Indian journal of veterinary science and animal husbandry - Volume 10,
Year: 1940
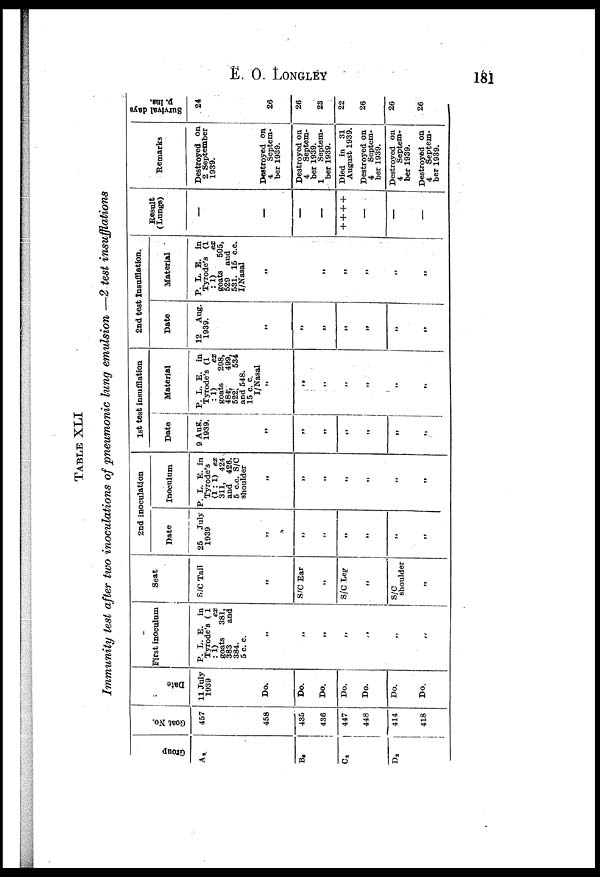
E. O. LONGLEY
181
TABLE XLI
Immunity test after two inoculations of pneumonic lung emulsion —2 test insufflations
Group
A 2
B 2
C2
D 2
Goat No.
457
458
435
436
447
448
414
418
Date
11 July
1939
Do.
Do.
Do.
Do.
Do.
Do.
Do.
First inoculum
P. L. E.in
Tyrode's (1
:1) ex
goats 381,
383 and
384.
5 c.
c.
„
„
„
„
„
„
„
Seat
S/C Tail
„
S/C Ear
„
S/C Leg
„
S/C
shoulder
„
2nd inoculation
Date
25
July
1939
„
„ „
„
„
„
„
Inoculum
P. L. E. in
Tyrode's
(1 : 1) ex
311, 424
and 426.
5 c.c. S/C
shoulder
„
„
„
„
„
„
„
1st test insufflation
Date
9 Aug.
1939.
„
„
„
„
„
„
„
Material
P. L. E. in
Tyrode's (1
: 1)
ex
goats
298,
484,
499,
522,
534
and 548.
15 c. c.
I/Nasal
„
„
„
„
„
„
„
2nd test insufflation.
Date
12 Aug.
1939.
„
„
„
„
„
„
„
Material
P. L. E. in
Tyrode's (1
: 1)
ex
goats
505,
529
and
531. 15 c.c.
I/Nasal
„
„
„
„
„
„
„
Result
(Lungs)
–
—
—
—
+ + + +
—
—
Remarks
Destroyed on
2 September
1939.
Destroyed on
4
Septem-
ber 1939.
Destroyed on
4
Septem-
ber 1939.
1
Septem-
ber 1939.
Died in 31
August 1939.
Destroyed on
4
Septem-
ber 1939.
Destroyed on
4
Septem-
ber 1939.
Destroyed on
4
Septem-
ber 1939.
Survival days
p. ins.
24
26
26
23
22
26
26
26